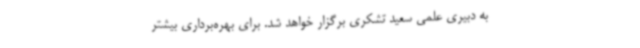
به دبیری علمی سعید تشکری برگزار خواهد شد. برای بهره‌برداری بیشتر